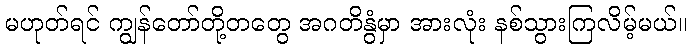
မဟုတ်ရင် ကျွန်တော်တို့တတွေ အဂတိနွံမှာ အားလုံး နစ်သွားကြလိမ့်မယ်။